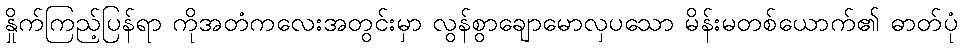
နှိုက်ကြည့်ပြန်ရာ ကိုအတံကလေးအတွင်းမှာ လွန်စွာချောမောလှပသော မိန်းမတစ်ယောက်၏ ဓာတ်ပုံ